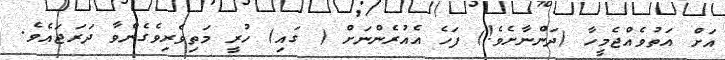
އަށް އަތުވެއްޖެމީހާ (ދަންނާށެވެ!) ފަހެ އެއުރެންނަށް ( ގައި) ހުރީ މަތިވެރިވެގެންވާ ދަރަޖައެވެ.